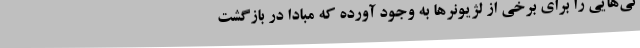
نی‌هایی را برای برخی از لژیونرها به وجود آورده که مبادا در بازگشت